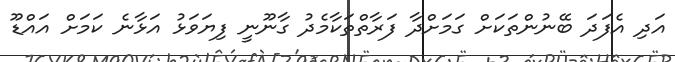
އަދި އެފަދަ ބޭނުންތަކަށް ގަމަށްދާ ފަރާތްތަކާމެދު ގާނޫނީ ފިޔަވަޅު އަޅާނެ ކަމަށް އައްޑޫ